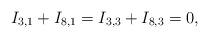
LaTeX: \begin{align*}I_{3,1}+I_{8,1}=I_{3,3}+I_{8,3}=0,\end{align*}